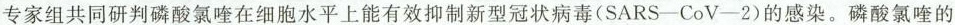
专家组共同研判磷酸氯喹在细胞水平上能有效抑制新型冠状病毒(SARS—CoV—2)的感染。磷酸氯喹的